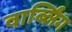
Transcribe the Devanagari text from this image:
वार्ब्लिंग